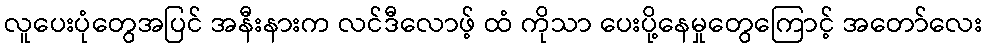
လူပေးပုံတွေအပြင် အနီးနားက လင်ဒီလောဖ့် ထံ ကိုသာ ပေးပို့နေမှုတွေကြောင့် အတော်လေး